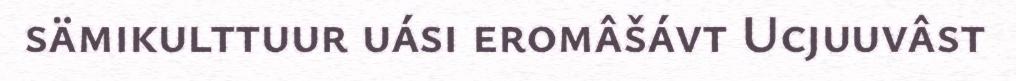
sämikulttuur uási eromâšávt Ucjuuvâst